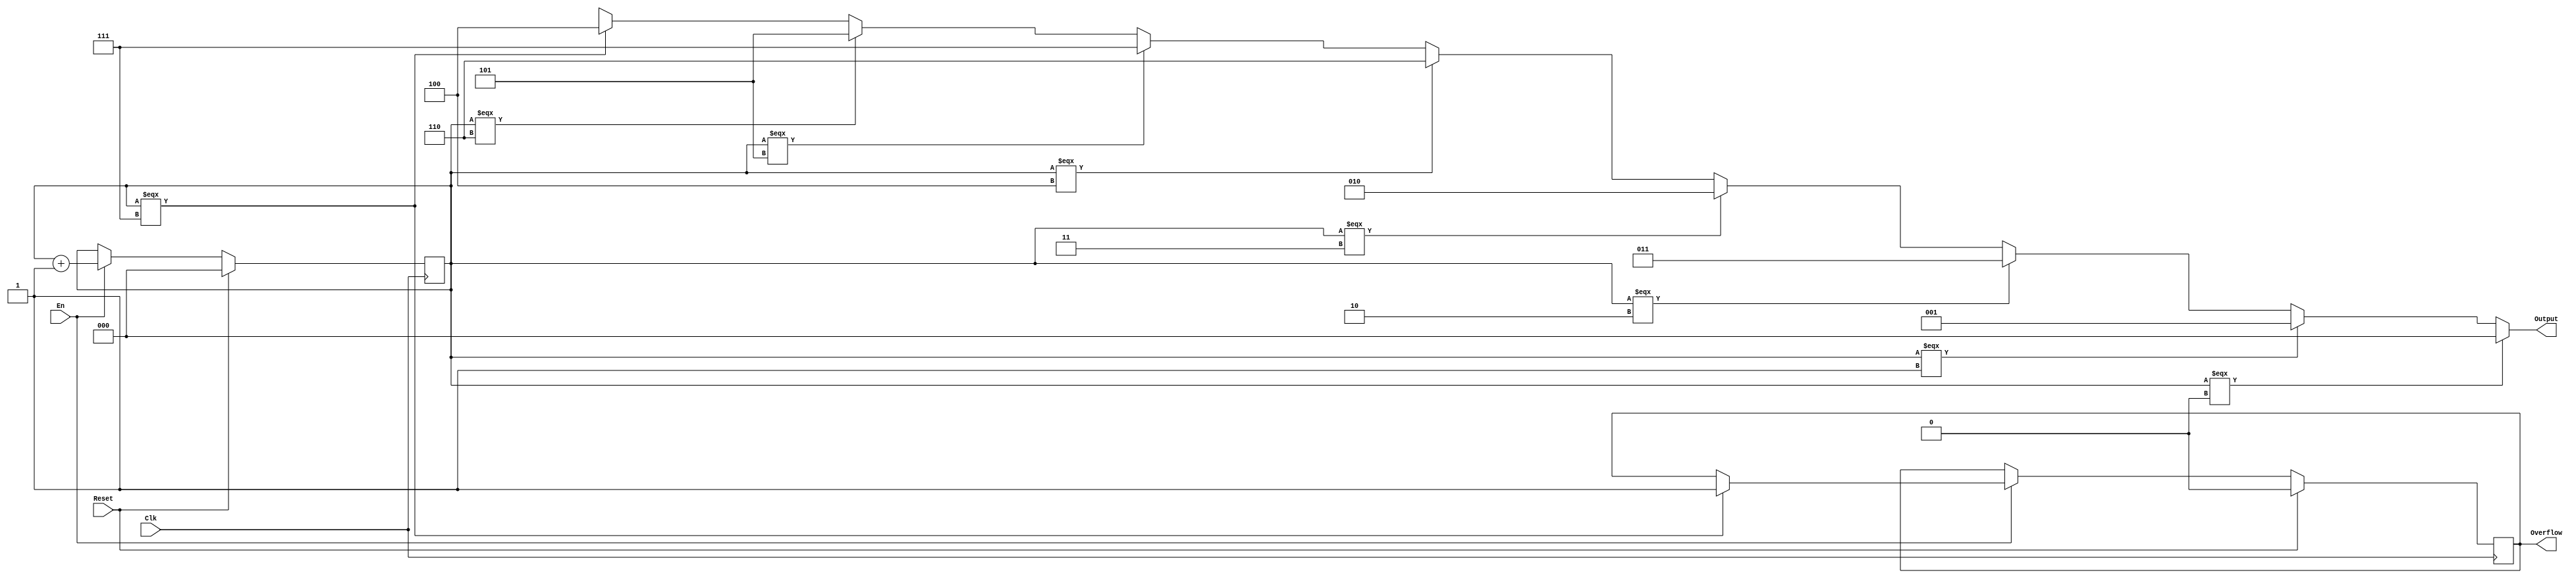
`timescale 1ns / 1ps
module gray(
	input Clk,
	input Reset,
	input En,
	output[2:0] Output,
	output reg Overflow
    );
	reg[2:0] counter;
	initial begin
		counter = 0;
		Overflow = 0;
	end
	always@(posedge Clk)begin
		if(Reset)begin
			counter <= 0;
			Overflow <= 0;
		end else if(En)begin
			counter <= counter + 1;
			if(counter === 7) Overflow <= 1;
		end
	end
	assign Output =
		(counter === 0) ? (0) :
		(counter === 1) ? (1) :
		(counter === 2) ? (3) :
		(counter === 3) ? (2) :
		(counter === 4) ? (6) :
		(counter === 5) ? (7) :
		(counter === 6) ? (5) :
		(counter === 7) ? (4) : 3'bxxx;
endmodule